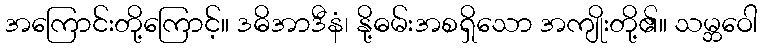
အကြောင်းတို့ကြောင့်။ ဒဓိအာဒီနံ၊ နို့ဓမ်းအစရှိသော အကျိုးတို့၏။ သမ္ဘဝေါ